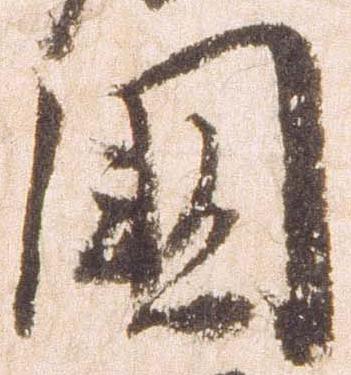
国